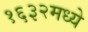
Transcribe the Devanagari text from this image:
१६३२मध्ये